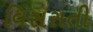
વિસરાતી